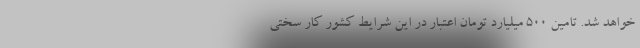
خواهد شد. تامین ۵۰۰ میلیارد تومان اعتبار در این شرایط کشور کار سختی